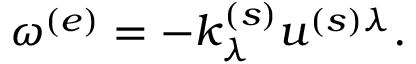
\omega ^ { ( e ) } = - k _ { \lambda } ^ { ( s ) } u ^ { ( s ) \lambda } .